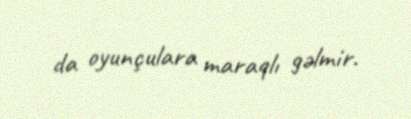
da oyunçulara maraqlı gəlmir.